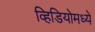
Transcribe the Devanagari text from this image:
व्हिडियोमध्ये